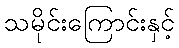
သမိုင်းကြောင်းနှင့်